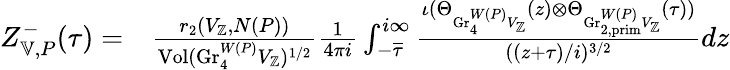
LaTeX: \begin{array}{rl}{Z_{\mathbb{V},P}^{-}(\tau)=}&{\frac{r_{2}(V_{\mathbb{Z}},N(P))}{\mathrm{Vol}(\mathrm{Gr}_{4}^{W(P)}V_{\mathbb{Z}})^{1/2}}\frac{1}{4\pi i}\int_{-\overline{{\tau}}}^{i\infty}\frac{\iota(\Theta_{\mathrm{Gr}_{4}^{W(P)}V_{\mathbb{Z}}}(z)\otimes\Theta_{\mathrm{Gr}_{2,\mathrm{prim}}^{W(P)}V_{\mathbb{Z}}}(\tau))}{((z+\tau)/i)^{3/2}}dz}\end{array}